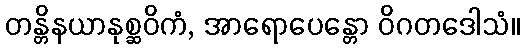
တန္တိနယာနုစ္ဆဝိကံ, အာရောပေန္တော ဝိဂတဒေါသံ။